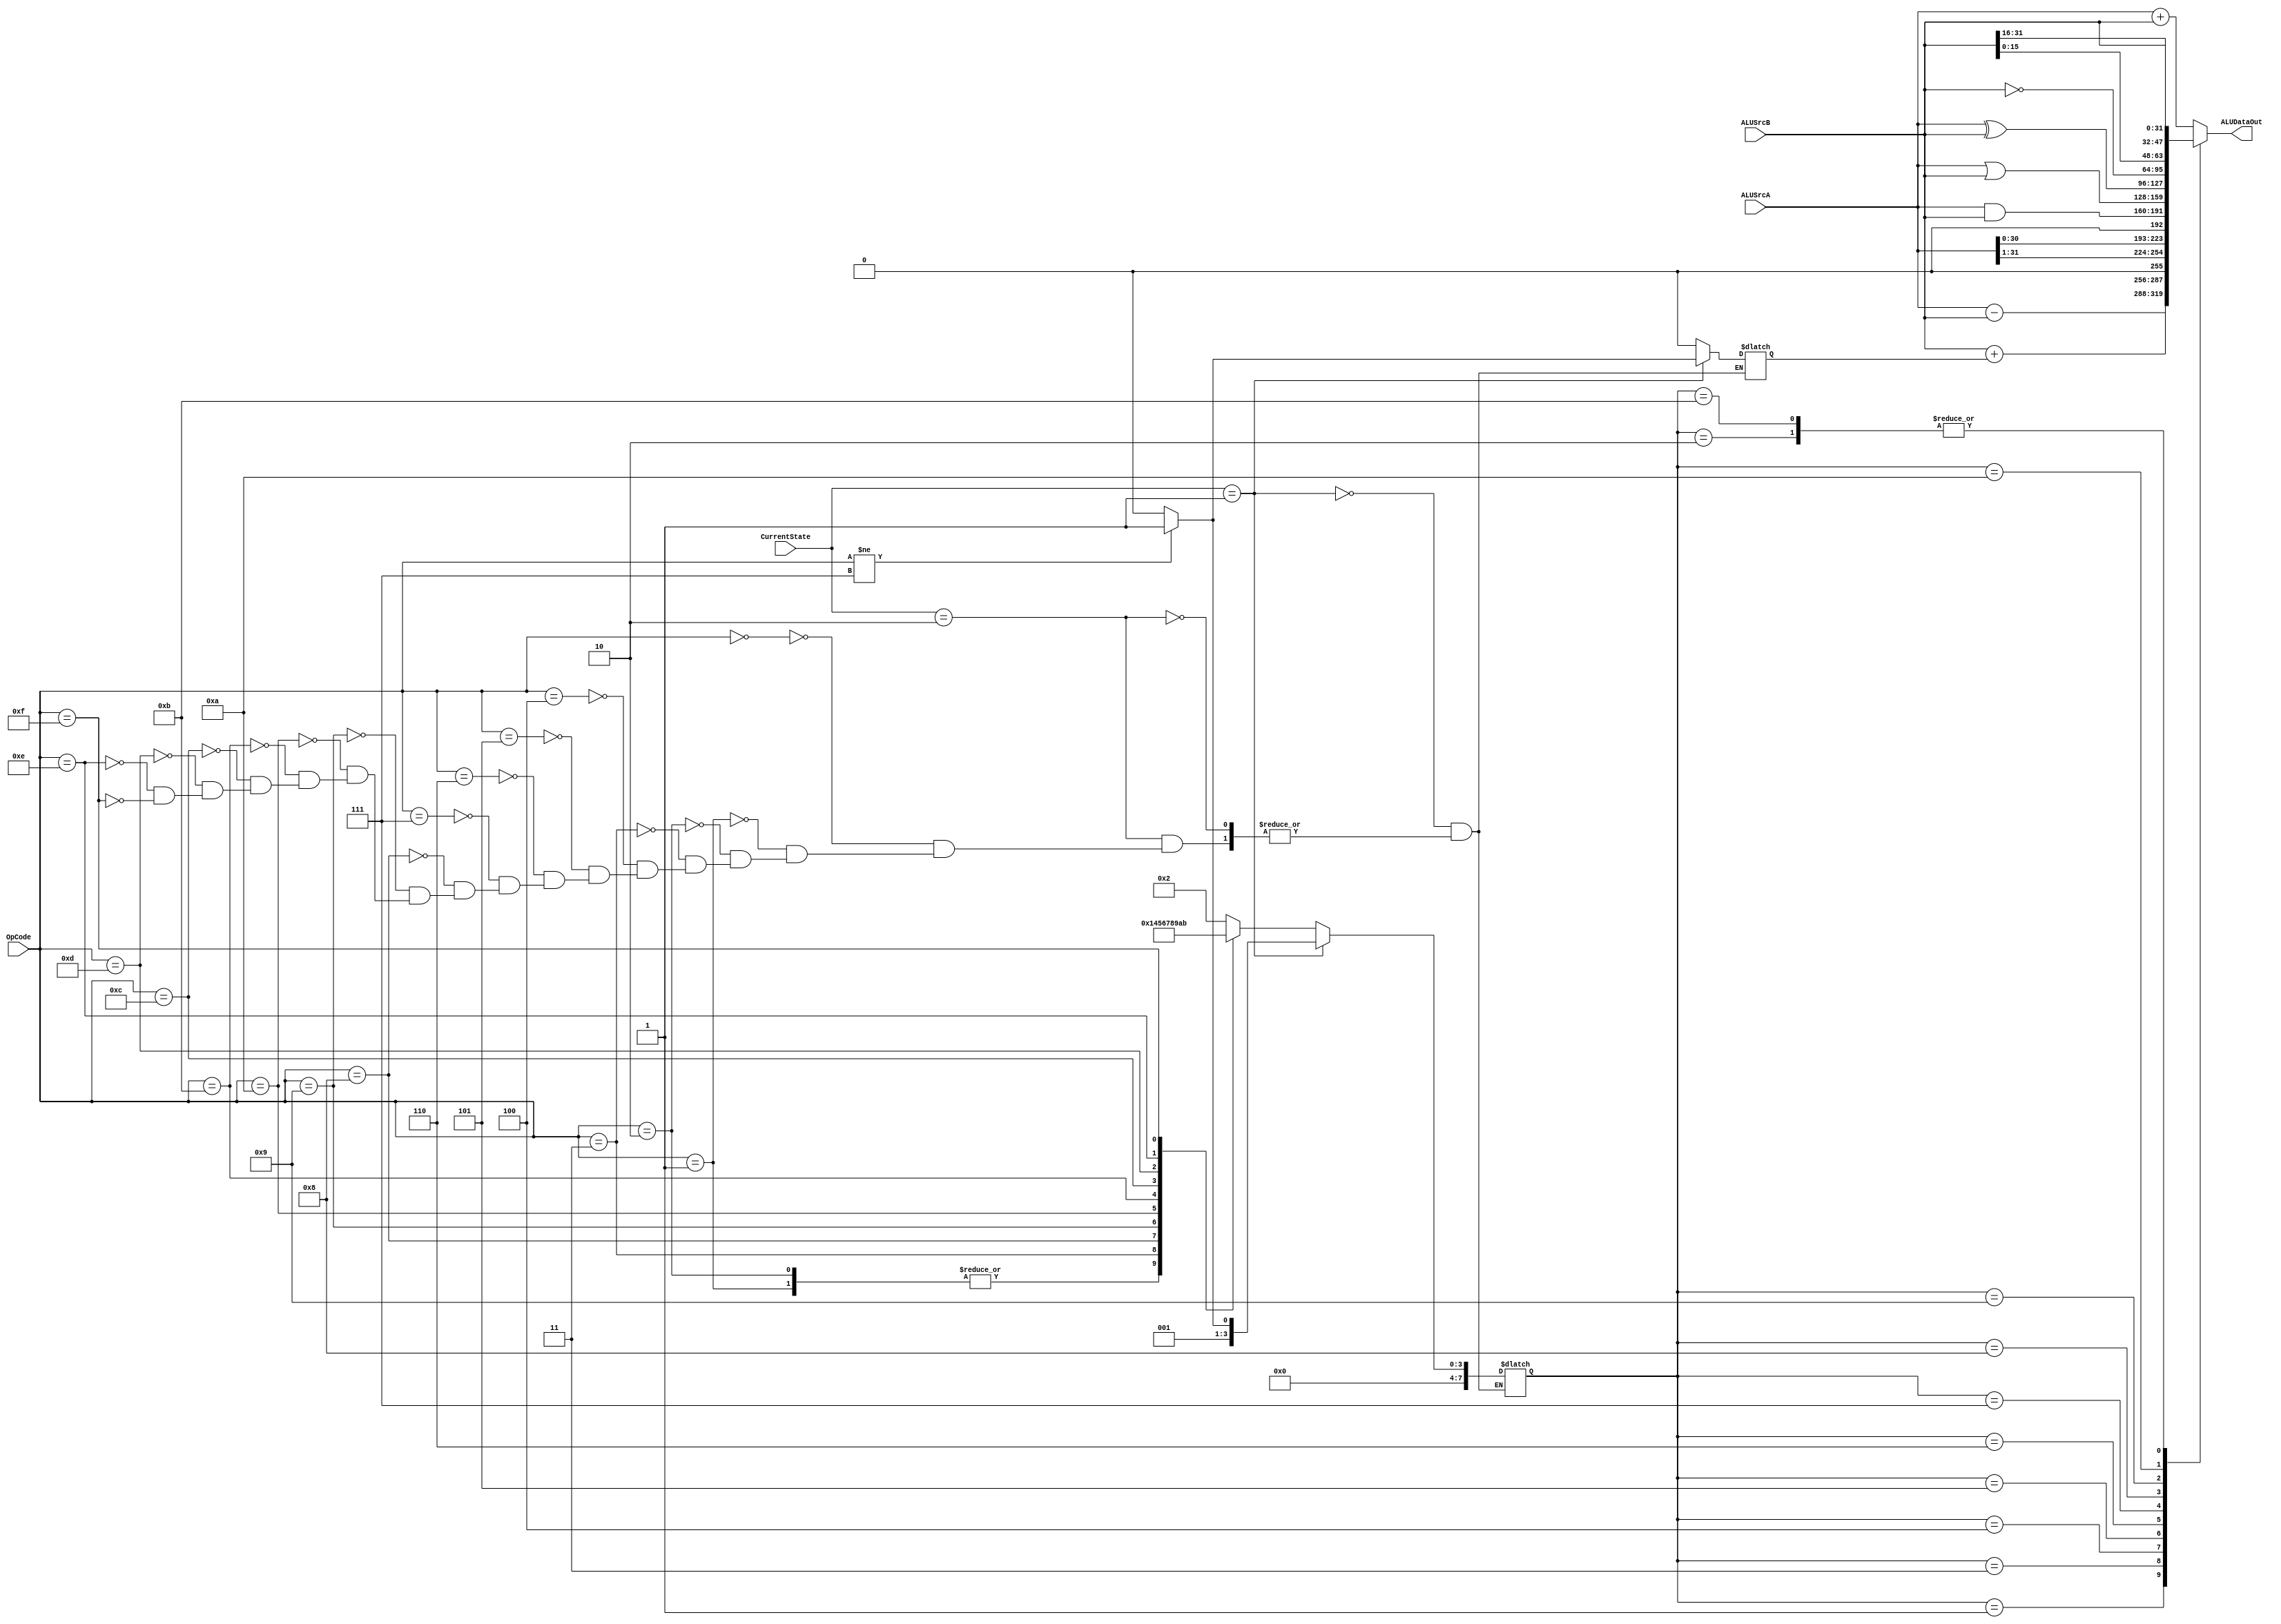
/****************************************************************************************
 MODULE:		Sub Level Arithmatic Logic Unit Block

 FILE NAME:	alu.v
 VERSION:	1.0
 DATE:		September 28th, 2001
 AUTHOR:		Hossein Amidi
 COMPANY:	California Unique Electrical Co.
 CODE TYPE:	Register Transfer Level

 Instantiations:
 
 DESCRIPTION:
 Sub Level RTL Arithmatic Logic Unit block

 Hossein Amidi
 (C) September 2001
 California Unique Electric

***************************************************************************************/
 
`timescale 1ns / 1ps

module ALU (// Input
				ALUSrcA,
				ALUSrcB,
				OpCode,
				CurrentState,
				// Output
				ALUDataOut
				);

// Parameter
parameter DataWidth = 32;
parameter OpcodeSize = 8;
parameter StateSize = 2;
parameter FunctionSize = 8;

// Instructions options
parameter  LDA = 8'h0;
parameter  STO = 8'h1;
parameter  ADD = 8'h2;
parameter  SUB = 8'h3;
parameter  JMP = 8'h4;
parameter  JGE = 8'h5;
parameter  JNE = 8'h6;
parameter  STP = 8'h7;
parameter  SHR = 8'h8; 
parameter  SHL = 8'h9; 
parameter  AND = 8'ha;
parameter  OR  = 8'hb;
parameter  XOR = 8'hc;
parameter  COM = 8'hd;
parameter  SWP = 8'he;
parameter  NOP = 8'hf;

// Instruction for Memory Map devices
parameter  MAP = 9'h64;

// Current State options
parameter Init	 		= 2'b00;
parameter InstrFetch = 2'b01;
parameter InstrExec  = 2'b10;

// Function Select options
parameter FnAdd	= 8'b0000_0000;
parameter FnSub	= 8'b0000_0001;
parameter FnPassB = 8'b0000_0010;
parameter FnIncB	= 8'b0000_0011;
parameter FnShtR	= 8'b0000_0100;
parameter FnShtL	= 8'b0000_0101;
parameter FnAnd	= 8'b0000_0110;
parameter FnOr 	= 8'b0000_0111;
parameter FnXor	= 8'b0000_1000;
parameter FnCom	= 8'b0000_1001;
parameter FnSwp	= 8'b0000_1010;
parameter FnNop   = 8'b0000_1011;

// Input
input [DataWidth - 1 : 0] ALUSrcA;
input [DataWidth - 1 : 0] ALUSrcB;
input [OpcodeSize - 1 : 0] OpCode;
input [StateSize - 1 : 0] CurrentState;

// Output
output [DataWidth - 1 : 0] ALUDataOut;

// Signal Assignments
reg [DataWidth - 1 : 0] ALUDataOut;
reg [FunctionSize - 1 : 0] FunctSel;
reg CIn;

wire [DataWidth - 1 : 0] AIn, BIn;


// Assignment
assign AIn = ALUSrcA;
assign BIn = ALUSrcB;



always @(OpCode or CurrentState)
begin
	if (CurrentState == InstrFetch)
	begin
		if (OpCode != STP) // In the Fetch cycle increment PC
		begin
		   FunctSel <= FnIncB;
		   CIn <= 1;
		end
    	else
		begin
		   FunctSel <= FnPassB;
		   CIn <= 0;
		end
	end
	else
 	if(CurrentState == InstrExec)
	begin
		case (OpCode)
			LDA :
			begin
				FunctSel <= FnPassB;
			   CIn <= 0;
			end

			STO :
			begin
				FunctSel <= FnAdd;
		      CIn <= 0;
		   end

			ADD :
			begin
       		FunctSel <= FnAdd;
			   CIn <= 0;
	      end

			SUB :
			begin
	      	FunctSel <= FnSub;
		      CIn <= 0;
	      end

			JMP :
			begin
	      	FunctSel <= FnPassB;
	       	CIn <= 0;
       	end

			JGE :
			begin
	      	FunctSel <= FnPassB;
	       	CIn <= 0;
       	end

			JNE :
			begin
	      	FunctSel <= FnPassB;
		      CIn <= 0;
       	end

			STP :
			begin
	   	    FunctSel <= FnPassB;
		       CIn <= 0;
	      end

			SHR :
			begin
	   	    FunctSel <= FnShtR;
		       CIn <= 0;
	      end

			SHL :
			begin
	   	    FunctSel <= FnShtL;
		       CIn <= 0;
	      end

			AND :
			begin
	   	    FunctSel <= FnAnd;
		       CIn <= 0;
	      end

	 		OR :
			begin
	   	    FunctSel <= FnOr;
		       CIn <= 0;
	      end

			XOR :
			begin
	   	    FunctSel <= FnXor;
		       CIn <= 0;
	      end

	 		COM :
			begin
	   	    FunctSel <= FnCom;
		       CIn <= 0;
	      end

			SWP :
			begin
	   	    FunctSel <= FnSwp;
		       CIn <= 0;
	      end

			NOP :
			begin
	   	    FunctSel <= FnNop;
		       CIn <= 0;
	      end

			default :    ;
		endcase
	end
end


always @(AIn or BIn or CIn or FunctSel)
begin
	case (FunctSel)
		FnAdd	 	:    ALUDataOut <= AIn + BIn;
		FnSub	 	:    ALUDataOut <= AIn - BIn;
		FnPassB  :    ALUDataOut <= BIn;
		FnIncB   :    ALUDataOut <= BIn + CIn;
		FnShtR	:	  ALUDataOut <= AIn >> 1;
		FnShtL	:	  ALUDataOut <= AIn << 1;
		FnAnd 	:	  ALUDataOut <= AIn & BIn;
		FnOr  	:	  ALUDataOut <= AIn | BIn;
		FnXor 	:	  ALUDataOut <= AIn ^ BIn;
		FnCom 	:	  ALUDataOut <= ~BIn;
		FnSwp		:	  ALUDataOut <= {BIn[15:0],BIn[31:16]};
		FnNop		:	  ALUDataOut <= BIn;
		default 	:    ALUDataOut <= AIn + BIn;
	endcase
end


endmodule